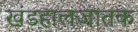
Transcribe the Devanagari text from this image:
खंडहालजातक